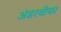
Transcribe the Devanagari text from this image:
अंडरवीयर